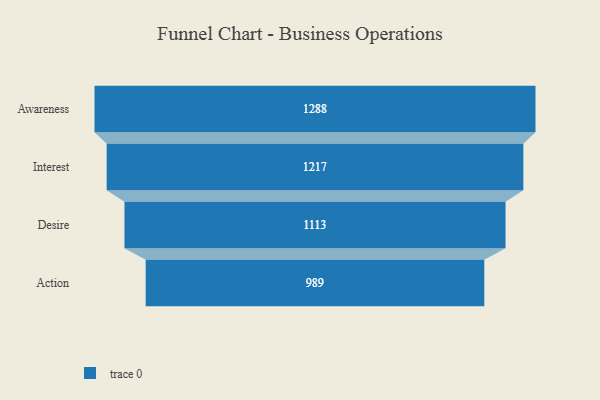
{"axis": {"x": "Stage", "y": "Value"}, "legend": [""], "data": [{"x": "Awareness", "y": 1288.0, "type": ""}, {"x": "Interest", "y": 1217.0, "type": ""}, {"x": "Desire", "y": 1113.0, "type": ""}, {"x": "Action", "y": 989.0, "type": ""}]}